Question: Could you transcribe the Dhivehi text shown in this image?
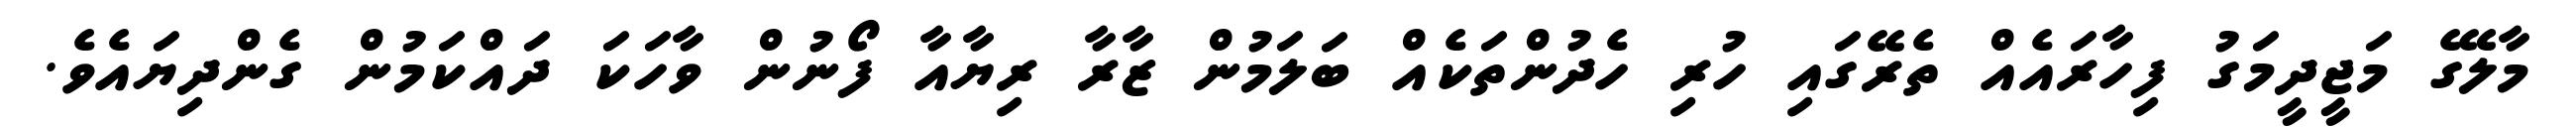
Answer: މާލޭގެ މަޖީދީމަގު ފިހާރައެއް ތެރޭގައި ހުރި ހެދުންތަކެއް ބަލަމުން ޒާރާ ރިޔާއާ ފޯނުން ވާހަކަ ދައްކަމުން ގެންދިޔައެވެ.